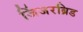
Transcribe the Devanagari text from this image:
जिंजरब्रिड